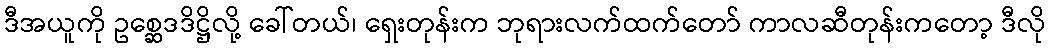
ဒီအယူကို ဥစ္ဆေဒဒိဋ္ဌိလို့ ခေါ်တယ်၊ ရှေးတုန်းက ဘုရားလက်ထက်တော် ကာလဆီတုန်းကတော့ ဒီလို